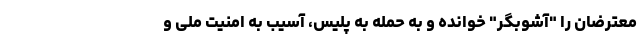
معترضان را "آشوبگر" خوانده و به حمله به پلیس، آسیب به امنیت ملی و